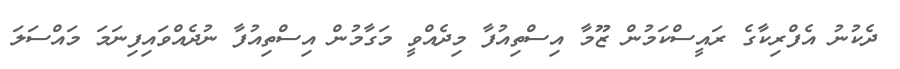
ދެކުނު އެފްރިކާގެ ރައީސްކަމުން ޒޫމާ އިސްތިއުފާ މިދެއްވީ މަގާމުން އިސްތިއުފާ ނުދެއްވައިފިނަމަ މައްސަލަ